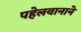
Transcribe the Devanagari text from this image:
पहेलवानाने